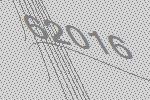
62016